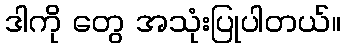
ဒါကို တွေ အသုံးပြုပါတယ်။